Report on horse surra - Volume II, Part I
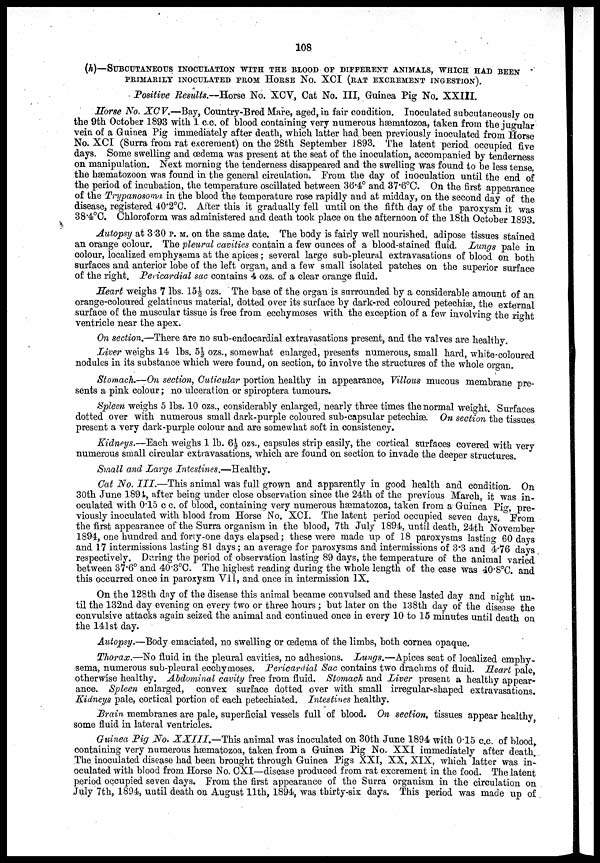
108
(h)—SUBCUTANEOUS INOCULATION WITH THE BLOOD OF DIFFERENT ANIMALS, WHICH HAD BEEN
PRIMARILY INOCULATED FROM HORSE No. XCI (RAT EXCREMENT INGESTION).
Positive Results.—Horse No. XCV, Cat No. III, Guinea Pig No. XXIII.
Horse No. XCV.—Bay, Country-Bred Mare, aged, in fair condition. Inoculated subcutaneously on
the 9th October 1893 with 1 c.c. of blood containing very numerous hæmatozoa, taken from the jugular
vein of a Guinea Pig immediately after death, which latter had been previously inoculated from Horse
No. XCI (Surra from rat excrement) on the 28th September 1893. The latent period occupied five
days. Some swelling and œdema was present at the seat of the inoculation, accompanied by tenderness
on manipulation. Next morning the tenderness disappeared and the swelling was found to be less tense,
the hæmatozoon was found in the general circulation. From the day of inoculation until the end of
the period of incubation, the temperature oscillated between 36.4° and 37.6°C. On the first appearance
of the Trypanosoma in the blood the temperature rose rapidly and at midday, on the second day of the
disease, registered 40.2°C. After this it gradually fell until on the fifth day of the paroxysm it was
38.4°C. Chloroform was administered and death took place on the afternoon of the 18th October 1893.
Autopsy at 3.30 P. M. on the same date. The body is fairly well nourished, adipose tissues stained
an orange colour. The pleural cavities contain a few ounces of a blood-stained fluid. Lungs pale in
colour, localized emphysema at the apices; several large sub-pleural extravasations of blood on both
surfaces and anterior lobe of the left organ, and a few small isolated patches on the superior surface
of the right. Pericardial sac contains 4 ozs. of a clear orange fluid.
Heart weighs 7 lbs. 15½ ozs. The base of the organ is surrounded by a considerable amount of an
orange-coloured gelatinous material, dotted over its surface by dark-red coloured peteehiæ, the external
surface of the muscular tissue is free from ecchymoses with the exception of a few involving the right
ventricle near the apex.
On section.—There are no sub-endocardial extravasations present, and the valves are healthy.
Liver weighs 14 lbs. 5½ ozs., somewhat enlarged, presents numerous, small hard, white-coloured
nodules in its substance which were found, on section, to involve the structures of the whole organ.
Stomach.—On section, Cuticular portion healthy in appearance, Villous mucous membrane pre-
sents a pink colour; no ulceration or spiroptera tumours.
Spleen weighs 5 lbs. 10 ozs., considerably enlarged, nearly three times the normal weight. Surfaces
dotted over with numerous small dark-purple coloured sub-capsular peteehiæ. On section the tissues
present a very dark-purple colour and are somewhat soft in consistency.
Kidneys.—Each weighs 1 lb. 6½ ozs., capsules strip easily, the cortical surfaces covered with very
numerous small circular extravasations, which are found on section to invade the deeper structures.
Small and Large Intestines.—Healthy.
Cat No. III.—This animal was full grown and apparently in good health and condition. On
30th June 1894, after being under close observation since the 24th of the previous March, it was in-
oculated with 0.15 c c. of blood, containing very numerous hæmatozoa, taken from a Guinea Pig, pre-
viously inoculated with blood from Horse No. XCI. The latent period occupied seven days. From
the first appearance of the Surra organism in the blood, 7th July 1894, until death, 24th November
1894, one hundred and forty-one days elapsed; these were made up of 18 paroxysms lasting 60 days
and 17 intermissions lasting 81 days; an average for paroxysms and intermissions of 3.3 and 4.76 days
respectively. During the period of observation lasting 89 days, the temperature of the animal varied
between 37.6° and 40.3°C. The highest reading during the whole length of the case was 40.8°C. and
this occurred once in paroxysm VII, and once in intermission IX.
On the 128th day of the disease this animal became convulsed and these lasted day and night un-
til the 132nd day evening on every two or three hours; but later on the 138th day of the disease the
convulsive attacks again seized the animal and continued once in every 10 to 15 minutes until death on
the 141st day.
Autopsy.—Body emaciated, no swelling or œdema of the limbs, both cornea opaque.
Thorax.—No fluid in the pleural cavities, no adhesions. Lungs.—Apices seat of localized emphy-
sema, numerous sub-pleural ecchymoses. Pericardial Sac contains two drachms of fluid. Heart pale,
otherwise healthy. Abdominal cavity free from fluid. Stomach and Liver present a healthy appear-
ance. Spleen enlarged, convex surface dotted over with small irregular-shaped extravasations.
Kidneys pale, cortical portion of each petechiated. Intestines healthy.
Brain membranes are pale, superficial vessels full of blood. On section, tissues appear healthy
some fluid in lateral ventricles.
Guinea Pig .No. XXIII,—This
animal was inoculated on 30th June 1894 with 0.15 c.c. of blood,
containing very numerous hæmatozoa, taken from a Guinea Pig No. XXI immediately after death.
The inoculated disease had been brought through Guinea Pigs XXI, XX, XIX, which latter was in-
oculated with blood from Horse No. CXI—disease produced from rat excrement in the food. The latent
period occupied seven days. From the first appearance of the Surra organism in the circulation on
July 7th, 1894, until death on August 11th, 1894, was thirty-six days. This period was made up of